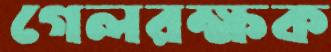
গেলরক্ষক